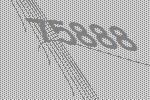
75888